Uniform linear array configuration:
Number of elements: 24
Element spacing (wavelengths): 0.5
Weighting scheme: exponential
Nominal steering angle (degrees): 15
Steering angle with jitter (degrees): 15.627
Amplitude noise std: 0.05
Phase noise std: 0.05

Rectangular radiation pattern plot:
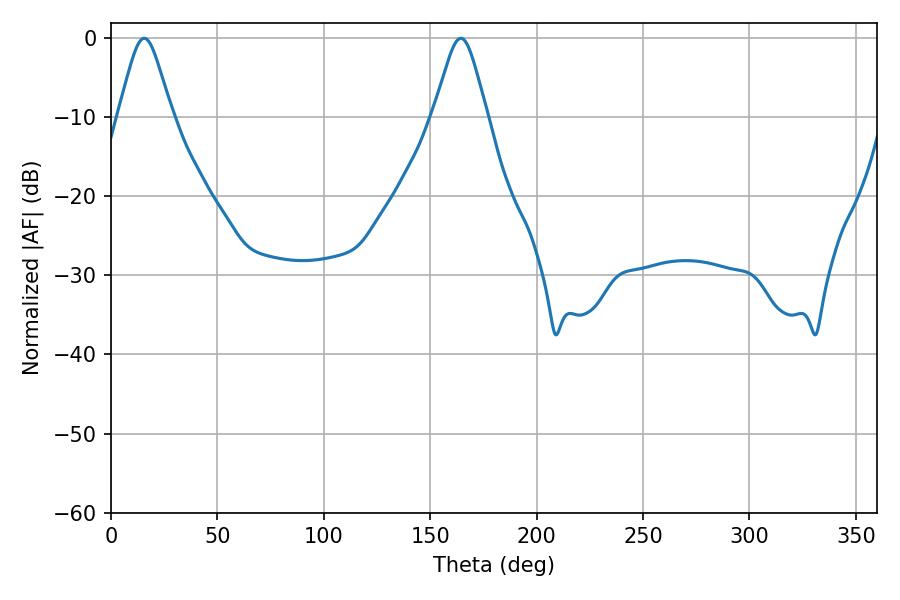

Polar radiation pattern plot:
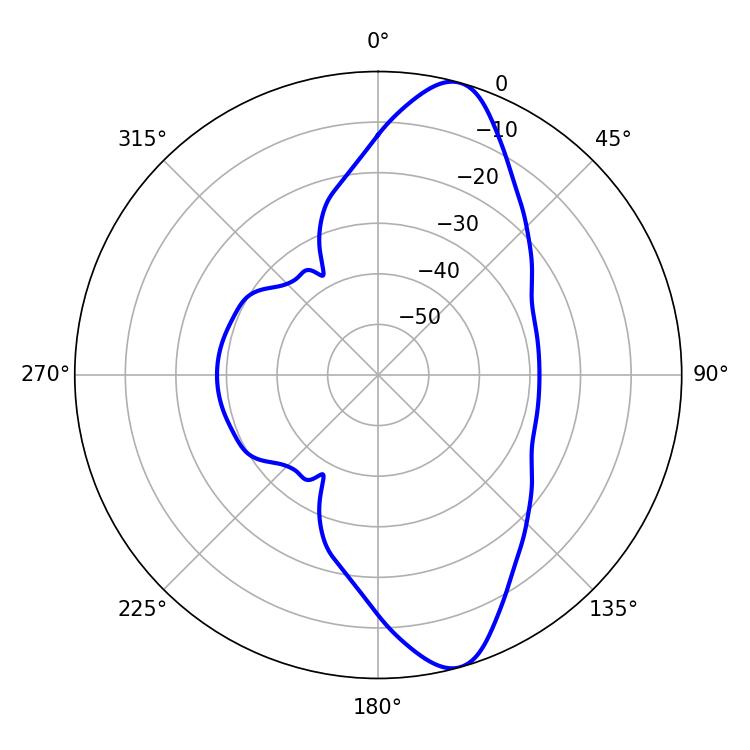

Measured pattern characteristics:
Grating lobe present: FALSE
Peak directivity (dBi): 11.395
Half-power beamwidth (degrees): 12.06
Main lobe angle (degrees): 15.66